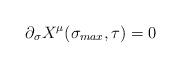
LaTeX: \begin{align*}\partial_{\sigma}X^{\mu}(\sigma_{max}, \tau)=0\end{align*}